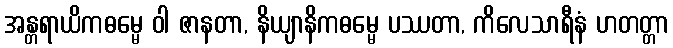
အန္တရာယိကဓမ္မေ ဝါ ဇာနတာ, နိယျာနိကဓမ္မေ ပဿတာ, ကိလေသာရီနံ ဟတတ္တာ